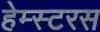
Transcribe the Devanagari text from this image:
हेम्स्टरस